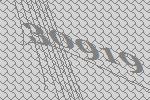
30919